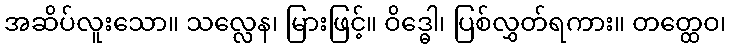
အဆိပ်လူးသော။ သလ္လေန၊ မြားဖြင့်။ ဝိဒ္ဓေါ၊ ပြစ်လွှတ်ရကား။ တတ္ထေဝ၊